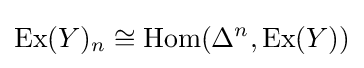
\operatorname {Ex} (Y)_{n}\cong \operatorname {Hom} (\Delta ^{n},\operatorname {Ex} (Y))